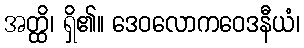
အတ္ထိ၊ ရှိ၏။ ဒေဝလောကဝေဒနီယံ၊